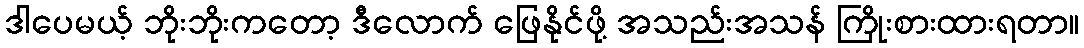
ဒါပေမယ့် ဘိုးဘိုးကတော့ ဒီလောက် ဖြေနိုင်ဖို့ အသည်းအသန် ကြိုးစားထားရတာ။